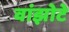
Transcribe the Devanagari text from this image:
वांझोटे